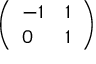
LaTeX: \left( \begin{array} { l l } { - 1 } & { 1 } \\ { 0 } & { 1 } \end{array} \right)